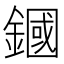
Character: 𨫵